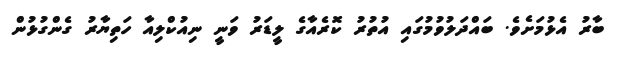
ބާރު އެޅުމަށެވެ. ބައްދަލުވުމުގައި އުތުރު ކޮރެއާގެ ލީޑަރު ވަނީ ނިއުކްލިއާ ހަތިޔާރު ގެންގުޅުން